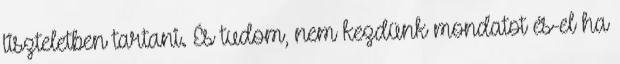
tiszteletben tartani. És tudom, nem kezdünk mondatot és-el ha